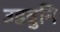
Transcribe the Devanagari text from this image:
उडवुनि